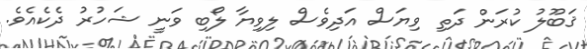
ޤަބޫލު ކުރަން ދަތި ވިޔަސް އަދިވެސް ލިވިޔާ ލޯބި ވަނީ ޝަހުރު ދެކެއެވެ.